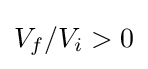
V_{f}/V_{i}>0